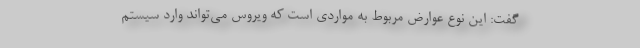
گفت: این نوع عوارض مربوط به مواردی است که ویروس می‌تواند وارد سیستم